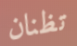
تظنان